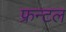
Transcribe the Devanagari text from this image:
फ्रन्‍टल